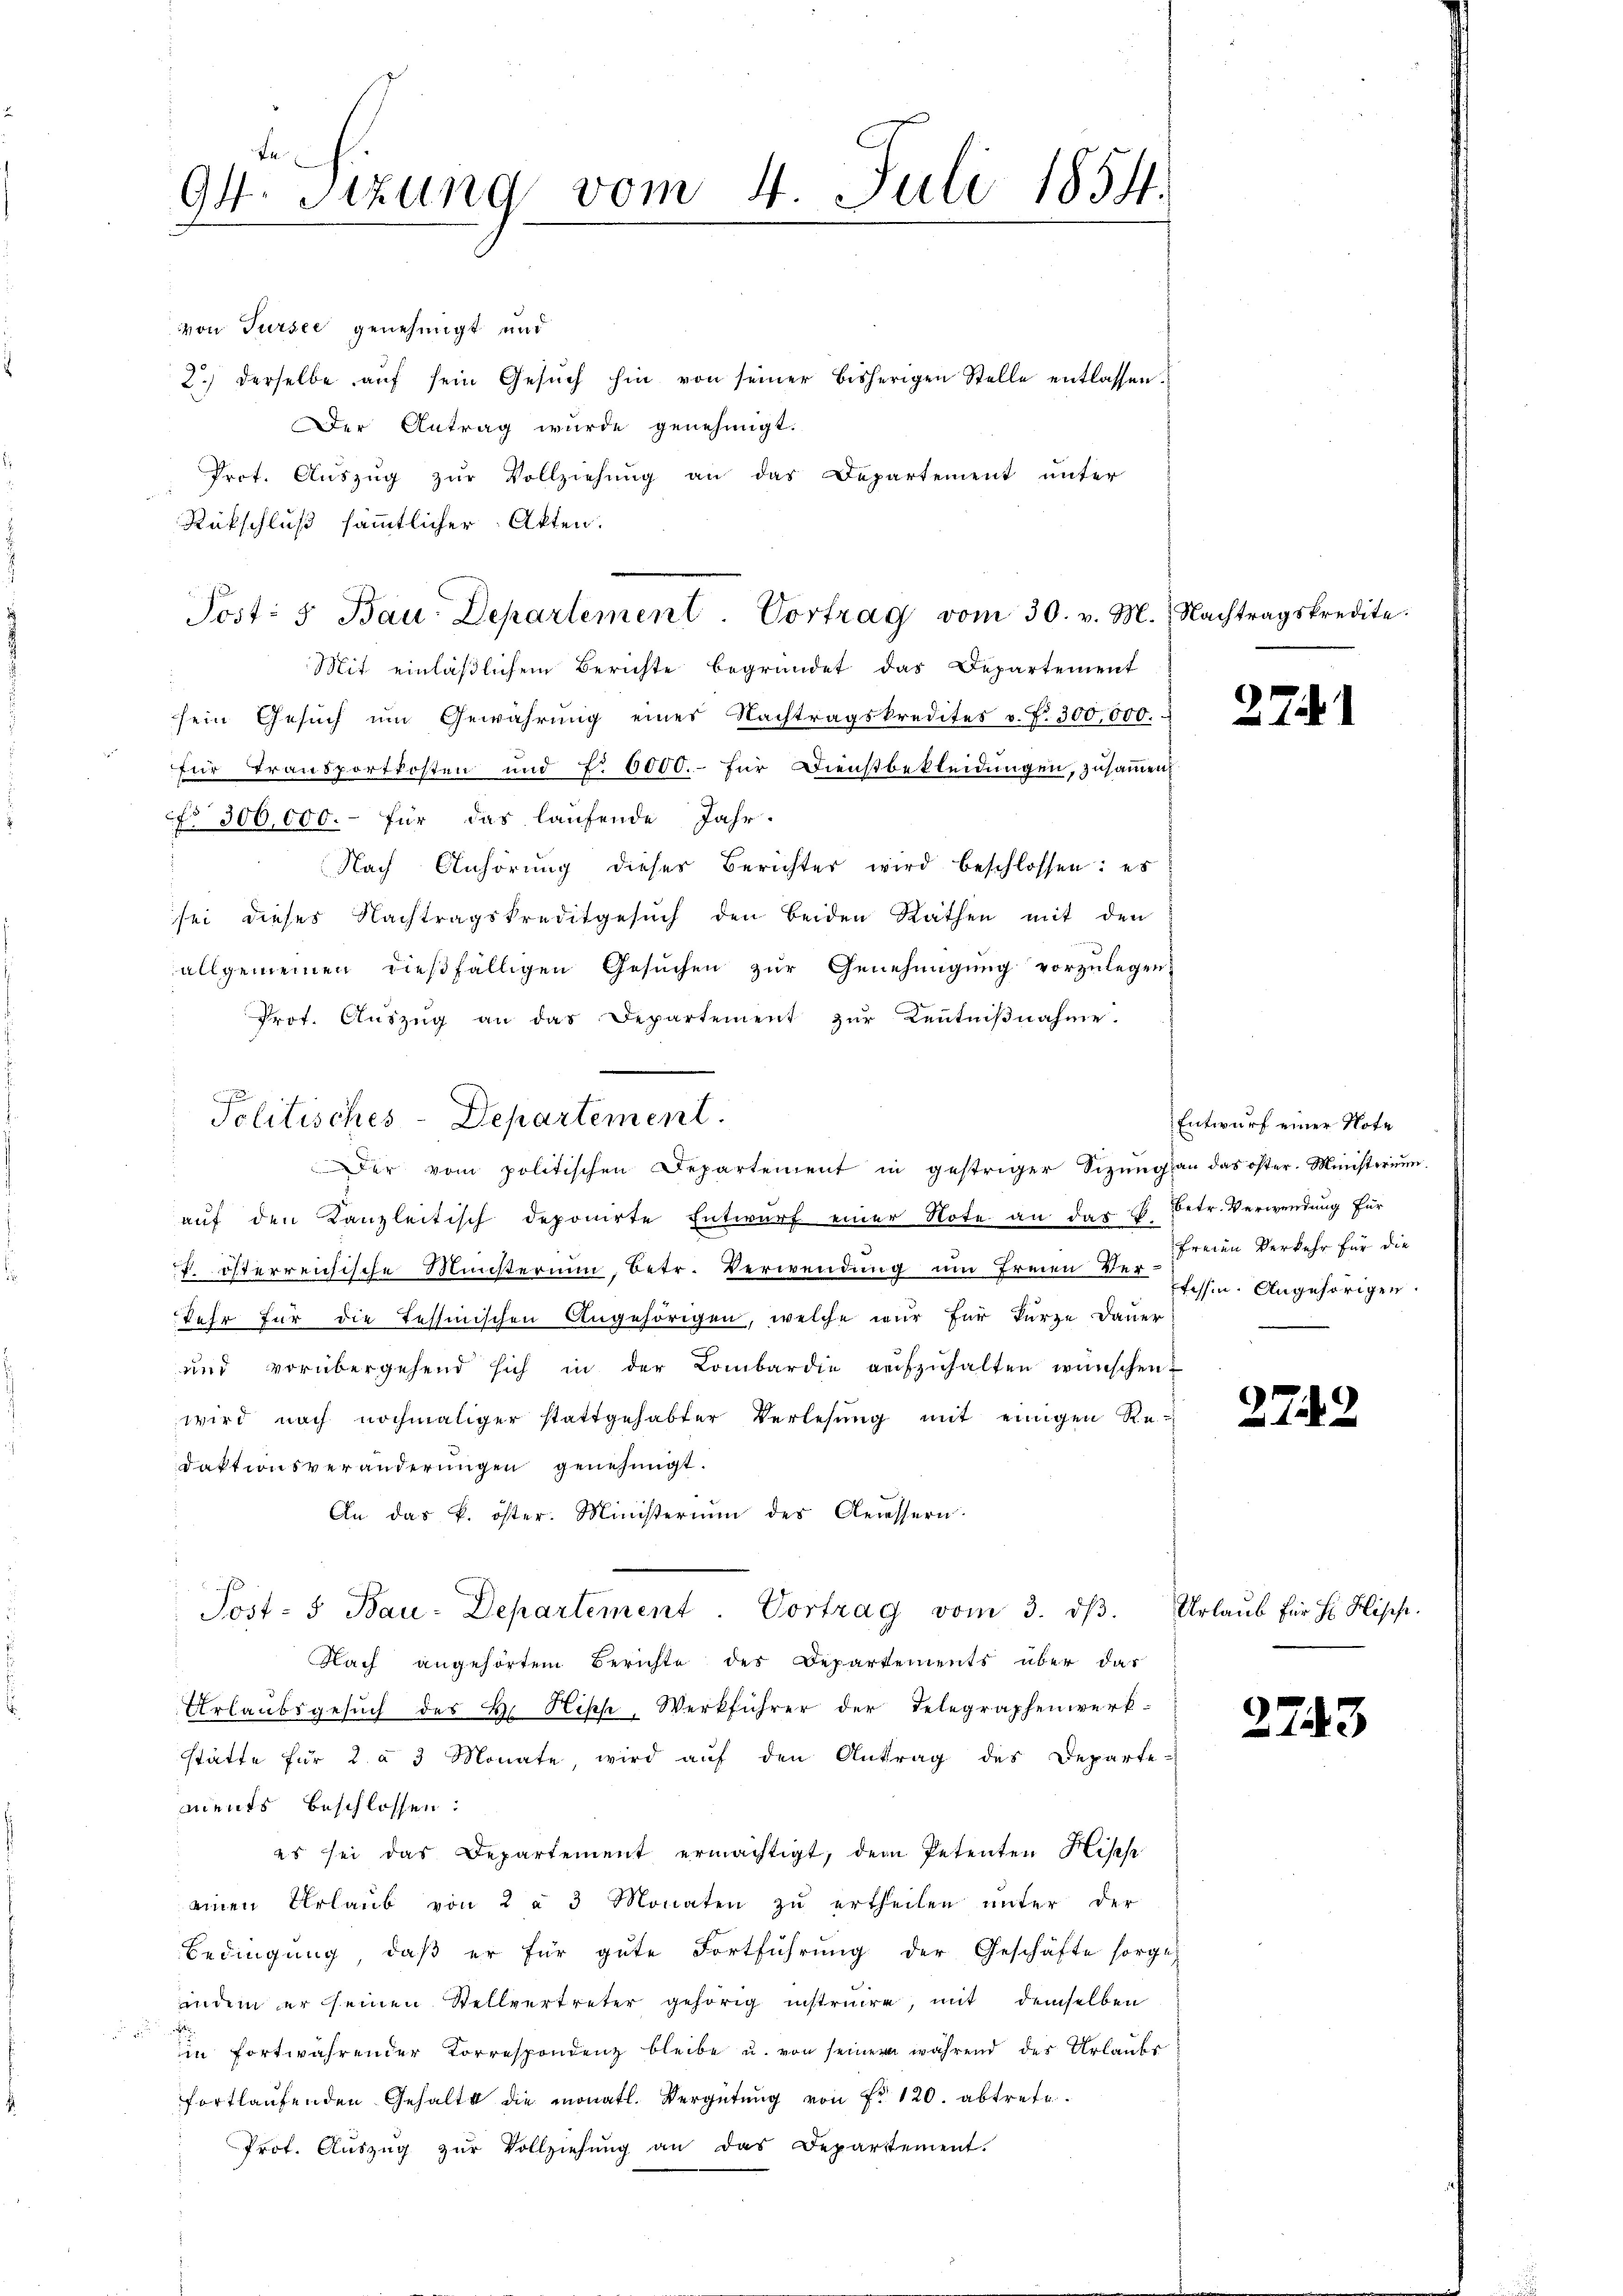
94. Sitzung vom 4. Juli 1854.

von Tursee genehmigt und
2.) Derselbe aŭf sein Gesŭch hin von seiner bisherigen Stelle entlassen.
Der Antrag wurde genehmigt.
Prot. Aŭszŭg zŭr Vollziehung an das Departement unter
Rückschluß sämmtlicher Akten.
Mit einläßlichem Berichte begründet das Departement
sein Gesŭch ŭm Gewährŭng eines Nachtragskredites v. f. 300,000.
für Transportkosten und f. 6000.- für Dienstbekleidungen, zusammen
co 300,000.- für das laufende Jahr-
Nach Anhörung dieses Berichter wird beschlossen: es
sei dieses Nachtragskreditgesuch den beiden Räthen mit den
allgemeinen dieβfälligen Gesŭchen zŭr Genehmigŭng vorzŭlegen.
Prot. Aŭszŭg an das Departement zŭr Keṅtniβnahme.
c
Solitisches-Departement.

Der vom politischen Departement in gestriger Sizŭng an das öfter. Ministeriŭm

Post: 5. Bau-Departement. Vortrag vom 30. v. M.

auf den Kanzleitisch deponirte Entwurf einer Note an das E. Betr. Verwendung für
f. österreichische Ministerium, betr. Verwendung um Freien verschen. Angehörigen
Tehr für die Tessinischen Angehörigen, welche wir für kurze Dauer
und vorübergehend sich in der Lombardie aŭfzŭhalten wünschen.
wird nach nochmaliger stattgehabter Verlesung mit einigen Redaktionsveränderungen genehmigt.
An das k. öster. Ministerium des Aeussern.
Post- & Bau-Departement. Vortrag vom 3. dβ. Urlaub für Hr. Hische
Nach angehörtem Berichte des Departements über das
Urlaubsgesuch des H. Ripp, Werkführer der Telegraphenwerkstätte für 2 à 3 Monate, wird auf den Antrag des Departe-
ments beschlossen:
es sei das Departement ermächtigt, dem Petenten Hische
einen Urlaub von 2 à 3 Monaten zu ertheilen unter der
Bedingung, daß er für gute Fortführung der Geschäfte sorge
indem er seinen Stellvertreter gehörig instruire, mit demselben
.
in fortwährender Korrespondenz bleibe u. von seiner während des Urlaubs
fortlaufenden Gehalt die monatl. Vergütung von Fr. 120. abtrete.
Prof. Aŭszŭg zŭr Vollziehŭng an das Departement.

Nachtragskredite.

27.

Entwurf einer Note
freien Verkehr für die

27.

2743